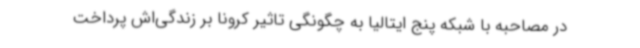
در مصاحبه با شبکه پنج ایتالیا به چگونگی تاثیر کرونا بر زندگی‌اش پرداخت